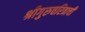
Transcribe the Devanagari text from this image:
श्रीगुरुचरित्राची